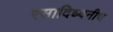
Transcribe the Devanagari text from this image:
रसादिध्वनीच